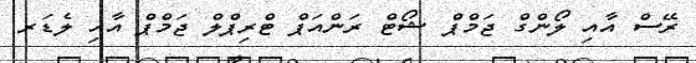
ރޭސް އާއި ލޯންގް ޖަމްޕް ޝޯޓް ރަންއަޕް ޓްރިޕްލް ޖަމްޕް އާއި ލެޑަރ